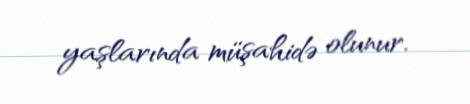
yaşlarında müşahidə olunur.